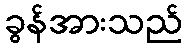
ခွန်အားသည်